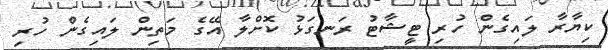
ކިޔާރާ ލައިގެން ހުރި ޓީޝާޓު ރަނގަޅު ކޮށްލާ އޭގެ މަތިން ލައިގެން ހުރި